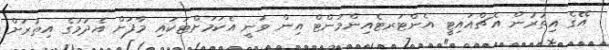
އޭގެ އިތުރުން އެޗްއައިޓީ އެންޓަރޓެއިންމަންޓް އިން ވަނީ އެކަމަށްޓަކައި މާފަށް އެދުމުގެ އިތުރަށް